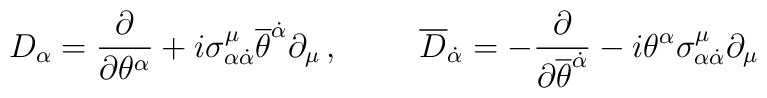
D_{\alpha}=\frac{\partial}{\partial\theta^{\alpha}}+	i\sigma^{\mu}_{\alpha{\dot\alpha}}{\overline\theta}^{\dot\alpha}	\partial_{\mu}\, , \hspace{1cm} 	{\overline D}_{\dot\alpha}= -\frac{\partial}{\partial	{\overline\theta}^{\dot\alpha}}-	i\theta^{\alpha}\sigma^{\mu}_{\alpha{\dot\alpha}}	\partial_{\mu}